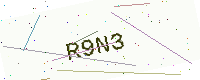
Text: R9N3